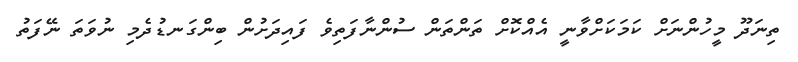
ތިނަދޫ މީހުންނަށް ކަމަކަށްވާނީ އެއްކޮށް ތަންތަން ސުންނާފަތިވެ ފައިދަށުން ބިންގަނޑުދެމި ނުވަތަ ނޭފަތު